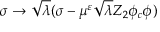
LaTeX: \sigma \rightarrow \sqrt { \lambda } ( \sigma - \mu ^ { \varepsilon } \sqrt { \lambda } Z _ { 2 } \phi _ { c } \phi )